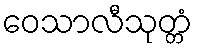
ဝေသာလီသုတ္တံ